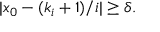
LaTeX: \quad | x _ { 0 } - ( k _ { i } + 1 ) / i | \geq \delta .